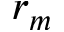
r _ { m }